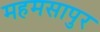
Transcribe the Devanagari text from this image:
महमसापुर